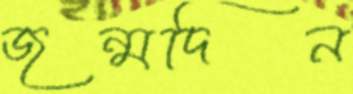
জন্মদিন